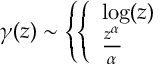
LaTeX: \gamma ( z ) \sim \left\{ \left\{ \begin{array} { l l } { { \log ( z ) } } \\ { { \frac { z ^ { \alpha } } { \alpha } } } \end{array} \right. \right.